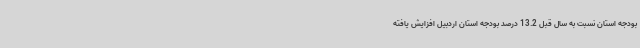
بودجه استان نسبت به سال قبل 13.2 درصد بودجه استان اردبیل افزایش یافته